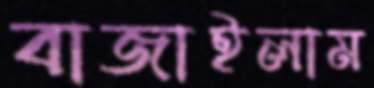
বাজাইলাম